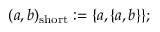
( a , b ) _ { \mathrm { s h o r t } } : = \{ a , \{ a , b \} \} ;